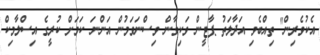
އެކުވެރިން" ތިއްބެވި އަދާލަތު ޕާޓީން ވަކިވާން ވިސްނަވަމުން އަންނަ ކަމަށް ކުރީގެ އިސްލާމިކް